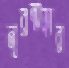
নূরন্নাহার